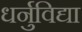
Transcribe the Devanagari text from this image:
धर्नुविद्या